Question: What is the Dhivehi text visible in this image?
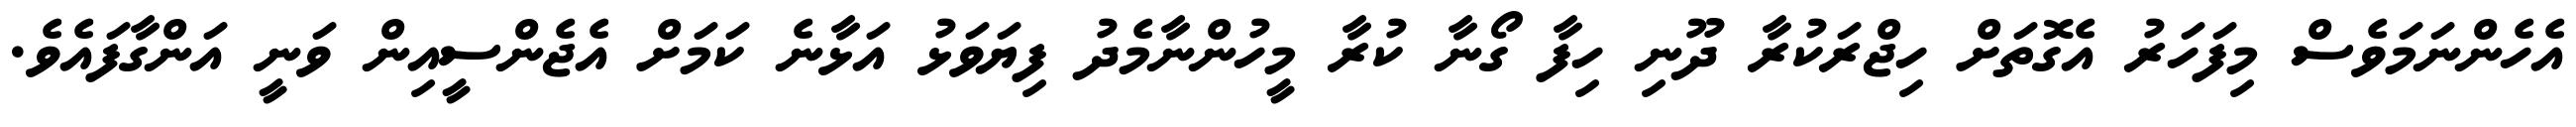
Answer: އެހެންނަމަވެސް މިފަހަރު އެގޮތަށް ހިޖްރަކުރާ ދޫނި ހިފާ ގޯނާ ކުރާ މީހުންނާމެދު ފިޔަވަޅު އަޅާނެ ކަމަށް އެޖެންސީއިން ވަނީ އަންގާފައެވެ.